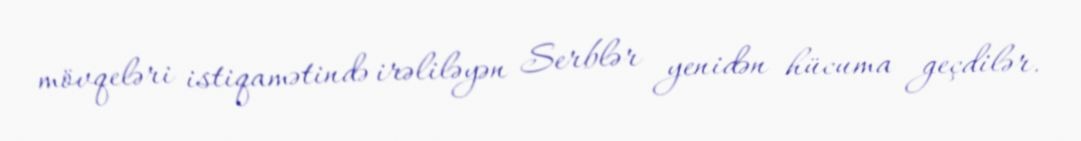
mövqeləri istiqamətində irəliləyən Serblər yenidən hücuma geçdilər.